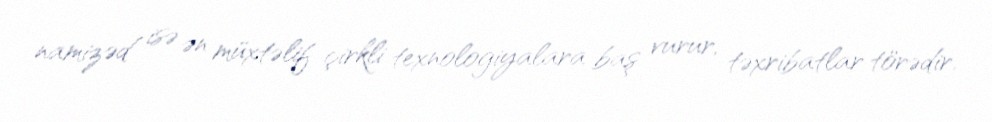
namizəd isə ən müxtəlif çirkli texnologiyalara baş vurur, təxribatlar törədir.